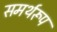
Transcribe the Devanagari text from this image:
समर्थरूप